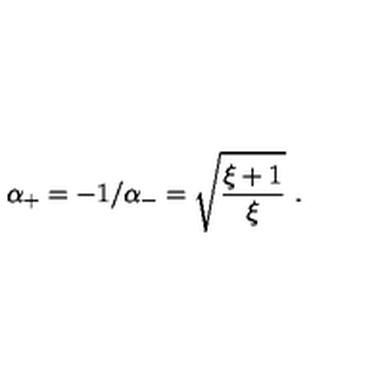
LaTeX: \alpha _ { + } = - 1 / \alpha _ { - } = \sqrt { \frac { \xi + 1 } { \xi } } \ .